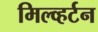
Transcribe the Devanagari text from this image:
मिल्व्हर्टन